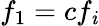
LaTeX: f_{1}=cf_{\mathit{i}}